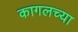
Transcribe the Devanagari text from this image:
कागलच्या